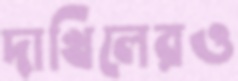
দাখিলেরও